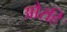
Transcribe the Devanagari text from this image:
औरहि